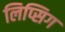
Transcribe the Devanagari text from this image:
लिप्सिग